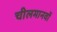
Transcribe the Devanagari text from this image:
चीलमानवों